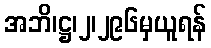
အဘိ၊ဋ္ဌ၊၂၊၂၉၆မှယူရန်